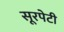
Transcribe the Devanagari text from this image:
सूरपेटी